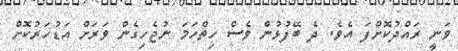
ވަނީ ރައްދުކޮށްފަ އެވެ. ދެ ބޭފުޅުން ވެސް ހިތްހަމަ ނުޖެހިގެން ވަރަށް އަޑުހަރުކޮށް